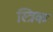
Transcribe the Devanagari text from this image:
स्त्रिक